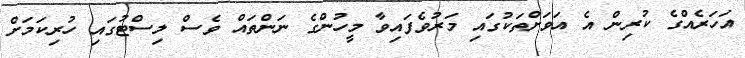
އަހަރެއްގެ ކުރިން އެ އަވަށްތަކުގައި މަރުވެފައިވާ މީހުންގެ ނަންތައް ވެސް ލިސްޓުގައި ހުރިކަމަށް